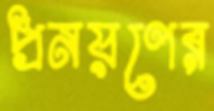
প্রনয়ণের